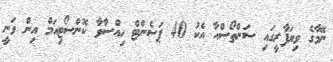
ނޭމާގެ ވިޔަފާރީގައި ސަންތޯސްއާ އެކު 40 ޕަސެންޓް ހިއްސާވާ ކޮންސޯޓިއަމް އިން ވަނީ